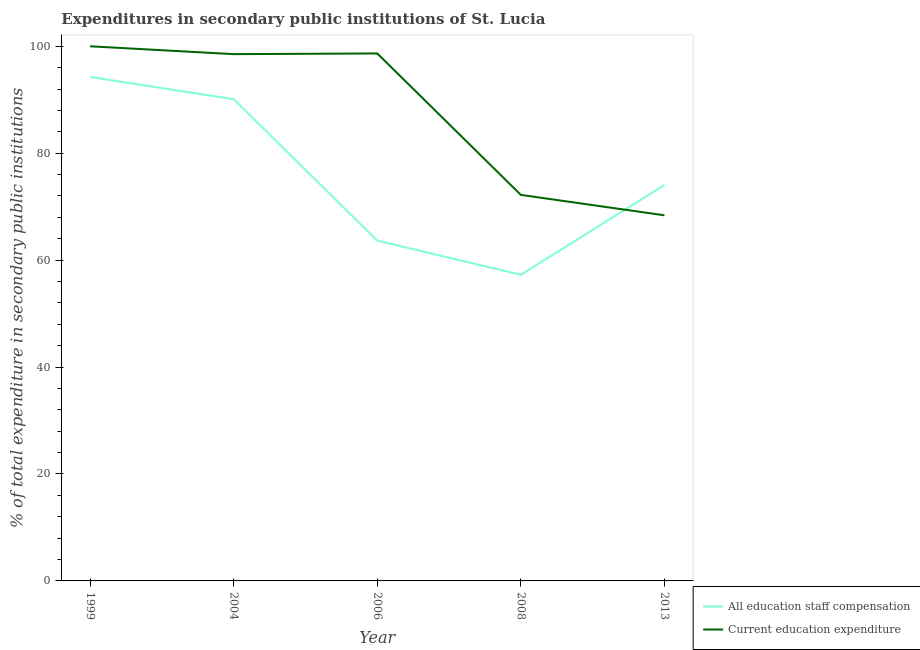
| Year | All education staff compensation | Current education expenditure |
 | --- | --- | --- |
 | 1999 | 94.3 | 100 |
 | 2004 | 90.1 | 98.5 |
 | 2006 | 63.6 | 98.7 |
 | 2008 | 57.3 | 72.2 |
 | 2013 | 74.1 | 68.4 |